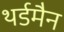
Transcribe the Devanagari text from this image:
थर्डमैन